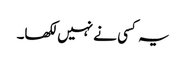
یہ کسی نے نہیں لکھا۔